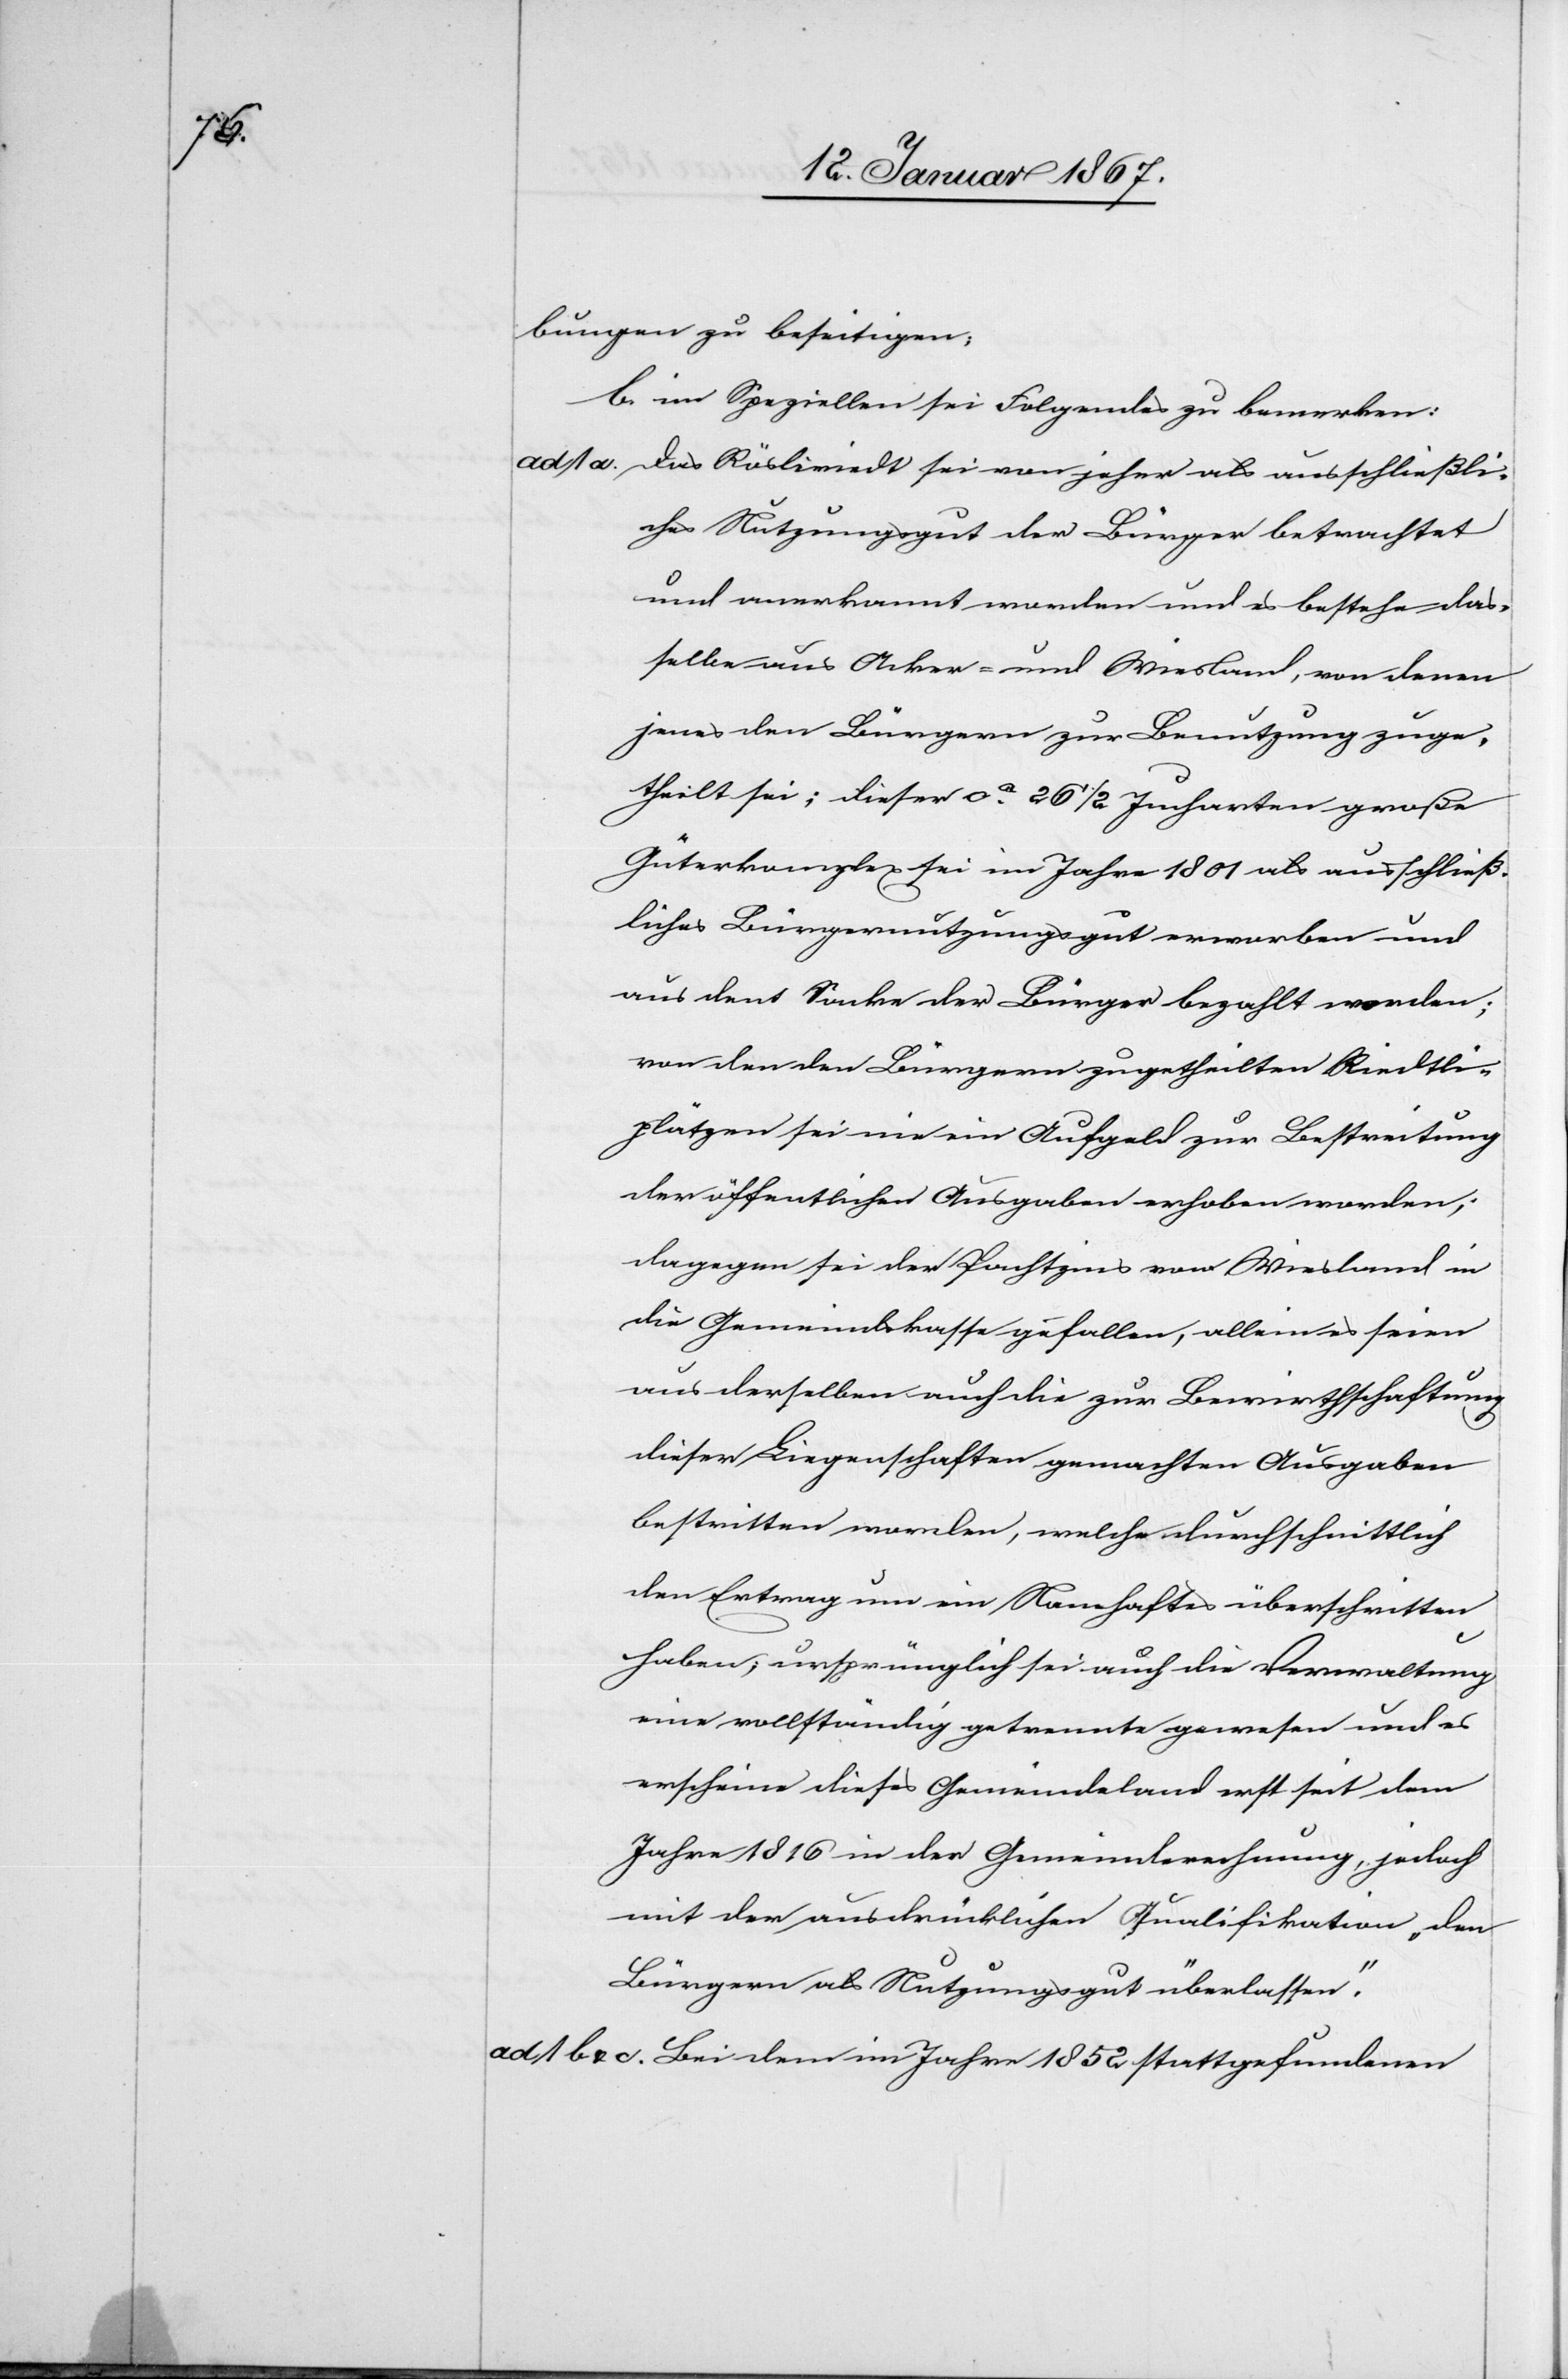
bungen zu beseitigen;
b. im Speziellen sei Folgendes zu bemerken:
ad 1a. Das Rösliriedt sei von jeher als ausschließli¬
ches Nutzungsgut der Bürger betrachtet
und anerkannt worden und es bestehe das¬
selbe aus Acker- und Wiesland, von denen
jenes den Bürgern zur Benutzung zuge¬
theilt sei; dieser ca 26 1/2 Jucharten große
Güterkomplex sei im Jahre 1801 als ausschließ¬
liches Bürgernutzungsgut erworben und
aus dem Sacke der Bürger bezahlt worden;
von den den Bürgern zugetheilten Riedtli¬
plätzen sei nie ein Aufgeld zur Bestreitung
der öffentlichen Ausgaben erhoben worden;
dagegen sei der Pachtzins vom Wiesland in
die Gemeindekasse gefallen, allein es seien
aus derselben auch die zur Bewirthschaftung
dieser Liegenschaften gemachten Ausgaben
bestritten worden, welche durchschnittlich
den Ertrag um ein Namhaftes überschritten
haben; ursprünglich sei auch die Verwaltung
eine vollständig getrennte gewesen und es
erscheine dieses Gemeindeland erst seit dem
Jahre 1816 in der Gemeinderechnung, jedoch
mit der ausdrücklichen Qualifikation „den
Bürgern als Nutzungsgut überlassen“.
ad 1b & c. Bei dem im Jahre 1852 stattgefundenen